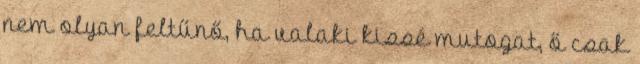
nem olyan feltűnő, ha valaki kissé mutogat, ő csak